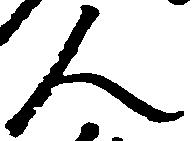
人